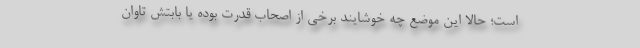
است؛ حالا این موضع چه خوشایند برخی از اصحاب قدرت بوده یا بابتش تاوان